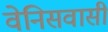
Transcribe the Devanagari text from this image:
वेनिसवासी